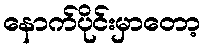
နောက်ပိုင်းမှာတော့